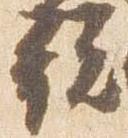
説